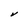
Character: V